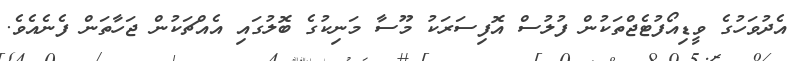
އެދުވަހުގެ ވީޑިއޯފުޓެޖްތަކުން ފުލުސް އޮފިސަރަކު މޫސާ މަނިކުގެ ބޮލުގައި އެއްޗަކުން ޖަހާތަން ފެނެއެވެ.